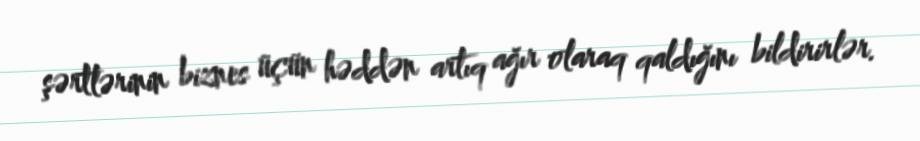
şərtlərinin biznes üçün həddən artıq ağır olaraq qaldığını bildirirlər.